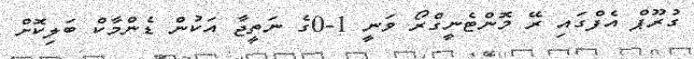
ގުރޫޕް އެފްގައި ރޭ މޮންޓެނީގްރޯ ވަނީ 1-0ގެ ނަތީޖާ އަކުން ޑެންމާކް ބަލިކޮށް